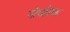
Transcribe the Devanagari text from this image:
नोर्वास्क